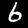
Label: 6